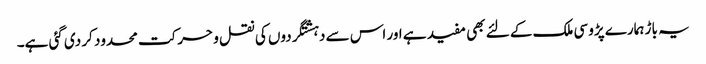
یہ باڑ ہمارے پڑوسی ملک کے لئے بھی مفید ہے اور اس سے دہشتگردوں کی نقل و حرکت محدود کر دی گئی ہے۔